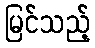
မြင်သည့်